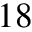
1 8